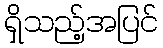
ရှိသည့်အပြင်